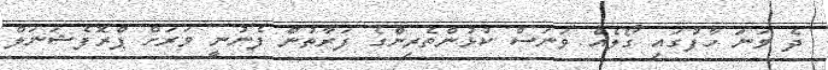
ދެ ވަނަ ހާފުގައި ގޯލެއް ވަނަސް ކުޅުންތެރިންގެ ފަރާތުން ފެނުނީ ވަރަށް ޕްރޮފެޝަނަލް